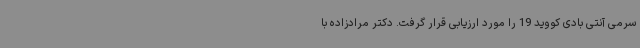
سرمی آنتی بادی کووید 19 را مورد ارزیابی قرار گرفت. دکتر مرادزاده با